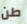
طن